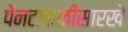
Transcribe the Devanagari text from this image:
पेनटाकळीसारखे